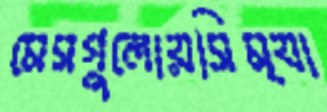
মেসগুলোয়সিম্যা